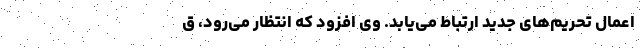
اعمال تحریم‌های جدید ارتباط می‌یابد. وی افزود که انتظار می‌رود، ق